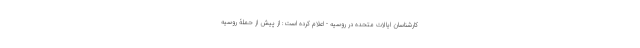
کارشناسان ایالات متحده در روسیه - اعلام کرده است: از پیش از حملۀ روسیه